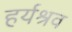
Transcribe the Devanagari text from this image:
हर्यश्रव